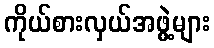
ကိုယ်စားလှယ်အဖွဲ့များ